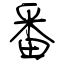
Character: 番